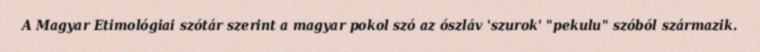
A Magyar Etimológiai szótár szerint a magyar pokol szó az ószláv 'szurok' "pekulu" szóból származik.